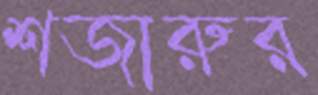
শজারুর